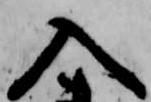
入